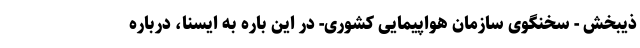
ذیبخش - سخنگوی سازمان هواپیمایی کشوری- در این باره به ایسنا، درباره